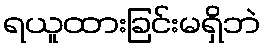
ရယူထားခြင်းမရှိဘဲ